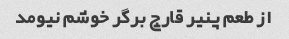
از طعم پنیر قارچ برگر خوشم نیومد